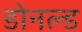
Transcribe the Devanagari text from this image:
डोनल्‍ड